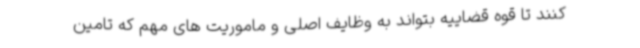
کنند تا قوه قضاییه بتواند به وظایف اصلی و ماموریت های مهم که تامین